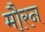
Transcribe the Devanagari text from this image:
मौरन